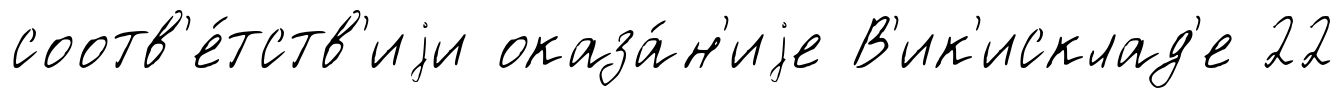
соотв'е́тств'иjи оказа́н'иjе В'ик'исклад'е 22